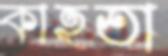
কাহতা